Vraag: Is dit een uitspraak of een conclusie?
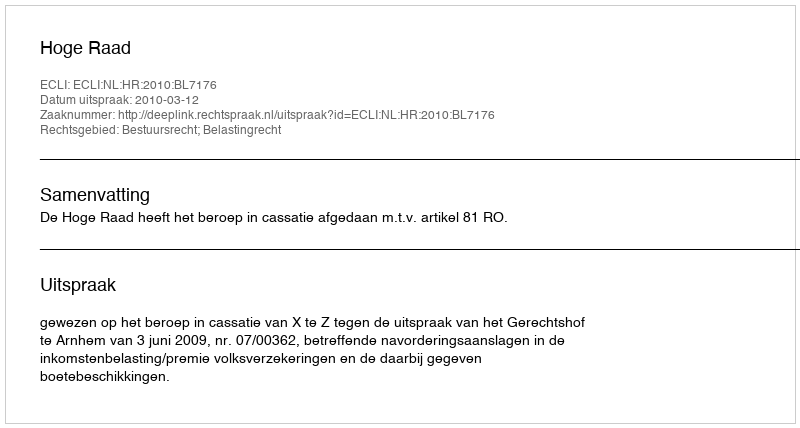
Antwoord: Uitspraak